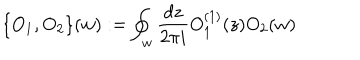
\{ O _ { 1 } , O _ { 2 } \} ( w ) : = \oint _ { w } \frac { d z } { 2 \pi i } O _ { 1 } ^ { ( 1 ) } ( z ) O _ { 2 } ( w )